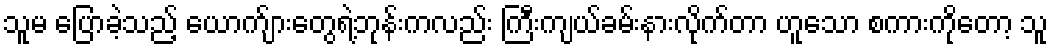
သူမ ပြောခဲ့သည့် ယောက်ျားတွေရဲ့ဘုန်းကလည်း ကြီးကျယ်ခမ်းနားလိုက်တာ ဟူသော စကားကိုတော့ သူ